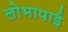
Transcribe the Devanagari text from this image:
लोभापाई